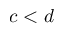
c < d